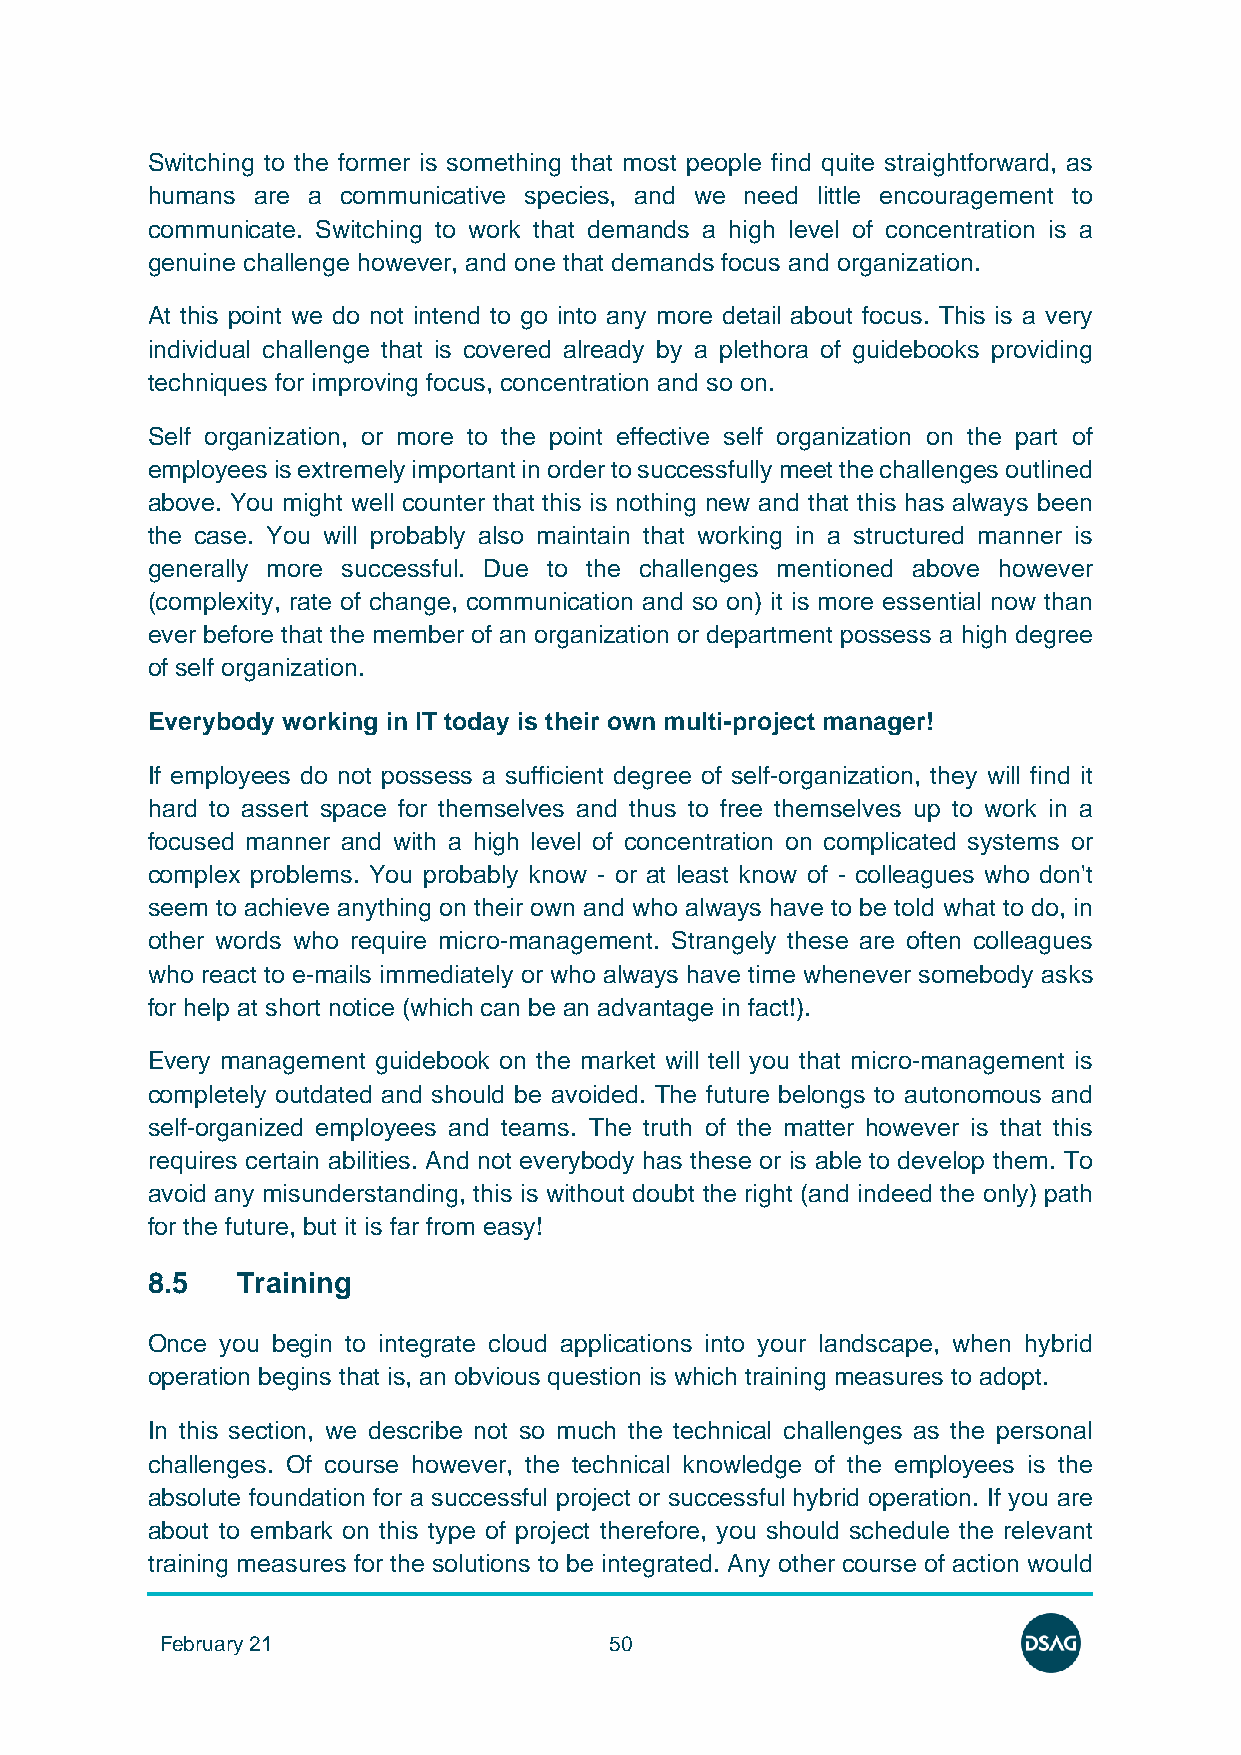
Switching to the former is something that most people find quite straightforward, as
 humans are a communicative species, and we need little encouragement to
 communicate. Switching to work that demands a high level of concentration is a
 genuine challenge however, and one that demands focus and organization.
 At this point we do not intend to go into any more detail about focus. This is a very
 individual challenge that is covered already by a plethora of guidebooks providing
 techniques for improving focus, concentration and so on.
 Self organization, or more to the point effective self organization on the part of
 employees is extremely important in order to successfully meet the challenges outlined
 above. You might well counter that this is nothing new and that this has always been
 the case. You will probably also maintain that working in a structured manner is
 generally more successful. Due to the challenges mentioned above however
 (complexity, rate of change, communication and so on) it is more essential now than
 ever before that the member of an organization or department possess a high degree
 of self organization.
 Everybody working in IT today is their own multi-project manager!
 If employees do not possess a sufficient degree of self-organization, they will find it
 hard to assert space for themselves and thus to free themselves up to work in a
 focused manner and with a high level of concentration on complicated systems or
 complex problems. You probably know - or at least know of - colleagues who don't
 seem to achieve anything on their own and who always have to be told what to do, in
 other words who require micro-management. Strangely these are often colleagues
 who react to e-mails immediately or who always have time whenever somebody asks
 for help at short notice (which can be an advantage in fact!).
 Every management guidebook on the market will tell you that micro-management is
 completely outdated and should be avoided. The future belongs to autonomous and
 self-organized employees and teams. The truth of the matter however is that this
 requires certain abilities. And not everybody has these or is able to develop them. To
 avoid any misunderstanding, this is without doubt the right (and indeed the only) path
 for the future, but it is far from easy!
 8.5   Training
 Once you begin to integrate cloud applications into your landscape, when hybrid
 operation begins that is, an obvious question is which training measures to adopt.
 In this section, we describe not so much the technical challenges as the personal
 challenges. Of course however, the technical knowledge of the employees is the
 absolute foundation for a successful project or successful hybrid operation. If you are
 about to embark on this type of project therefore, you should schedule the relevant
 training measures for the solutions to be integrated. Any other course of action would
 February 21                  50